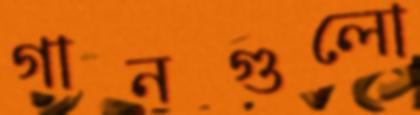
গানগুলো